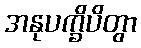
အနုပက္ခိပိတွာ